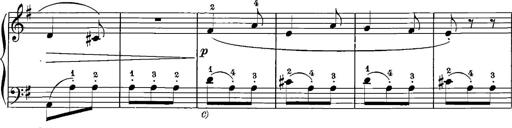
Title: 12 Sonatinas
Composer: Ignaz Pleyel